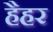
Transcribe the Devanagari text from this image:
हैहर